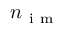
n _ { \mathrm { ~ i ~ m ~ } }